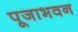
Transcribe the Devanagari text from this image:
पूजाभवन